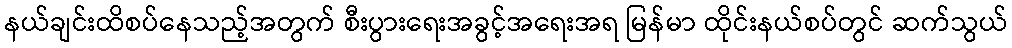
နယ်ချင်းထိစပ်နေသည့်အတွက် စီးပွားရေးအခွင့်အရေးအရ မြန်မာ ထိုင်းနယ်စပ်တွင် ဆက်သွယ်